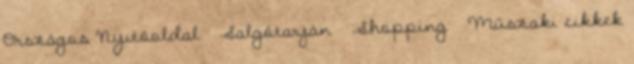
Országos Nyitóoldal Salgótarján Shopping Műszaki cikkek